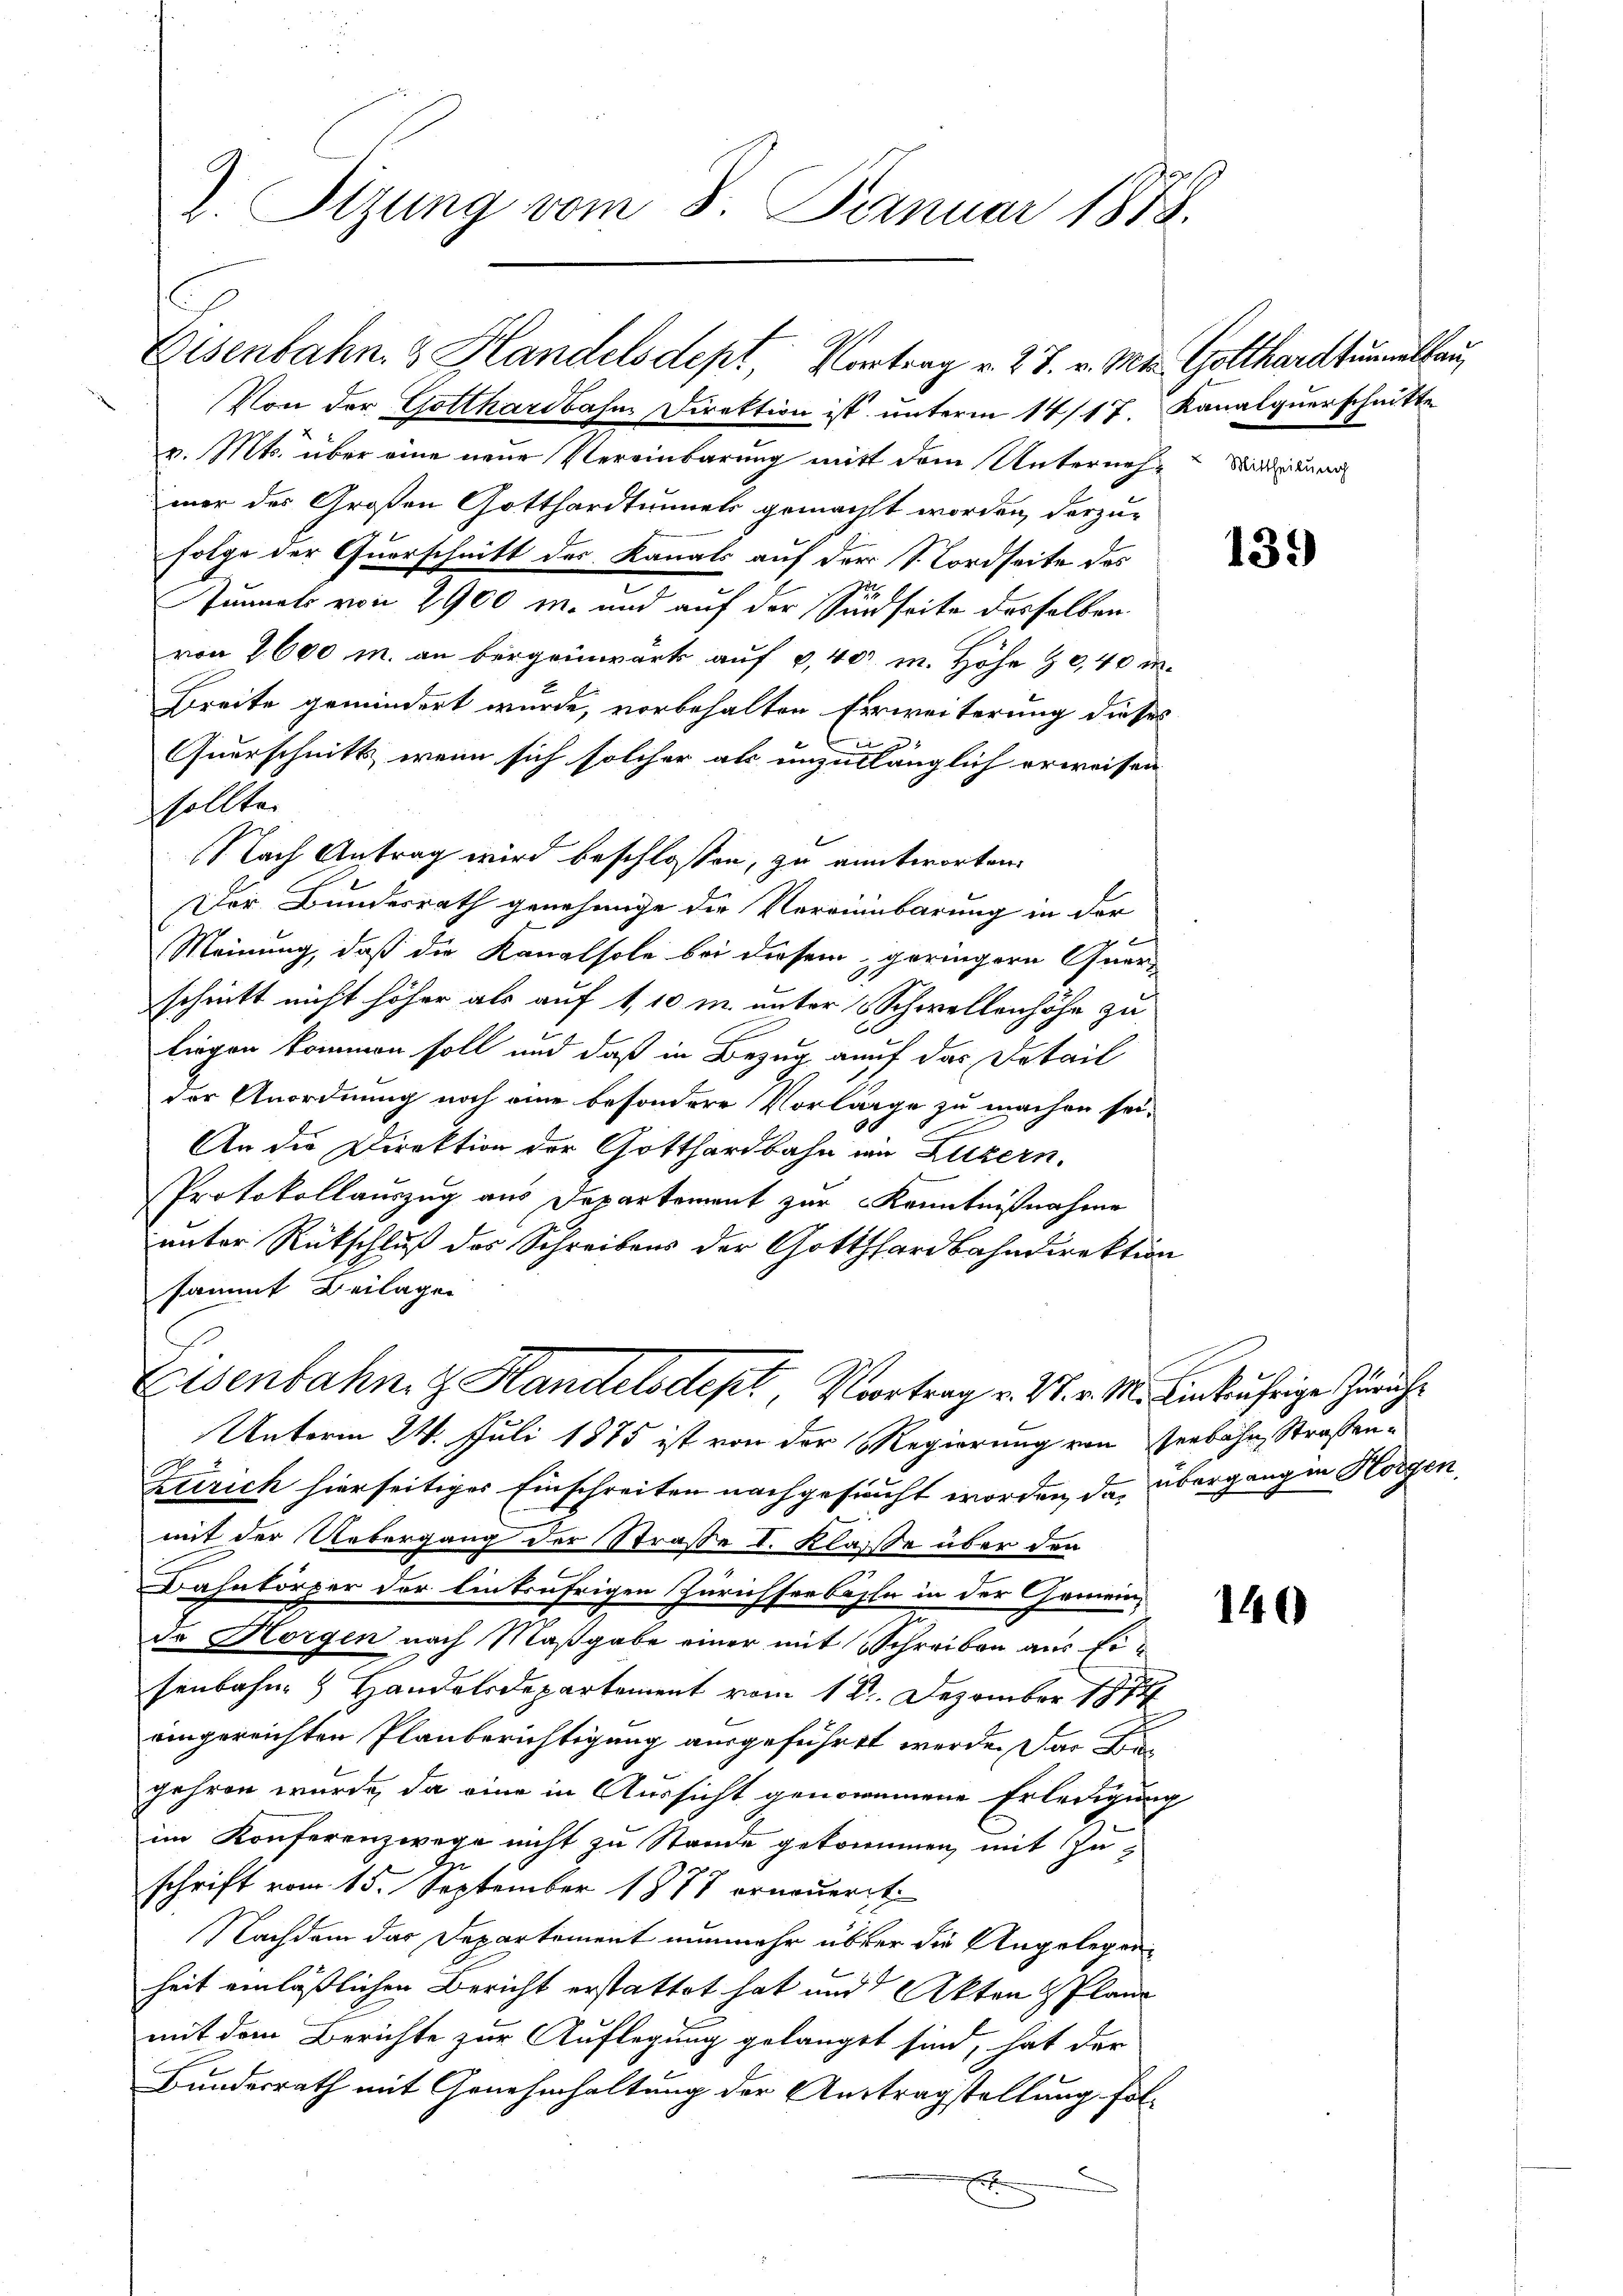
2. Sitzung vom 8. Januar 1878.

Eisenbahn. 3 Handelsdept, Vortrag v. 27. v. Mts. Gotthardtunnellau,

Von der Gotthardbahn Direktion ist unterm 14/17. Kanalquerschnitte
v. Mts. über eine neue Vereinbarung mitt dem Unterneh-Stadtreuer
mer des Großen Gotthardtunnels gemacht worden, darzu-
folge der Querschnitt des Kanals auf der Nordseite des
Junnels von 2900 m. und auf der Sindseite desselben.
von 2600 m. an Bergeinwart auf 4,400 m. Höhe & 0,40 i
Breite gemindert wurde, vorbehalten herweiterung dieses
bi
Querschnitt, wenn sich solcher als unzulänglich erweisen
sollten
Nach Antrag wird beschlossen, zu antworten.
Der Bundesrath genehmige die Verrinnbarung in der
Meinung, daß die Kanalsole bei diesem geringern Quarschnitt nicht höher als auf 1, 10 m. unter 3 Schwellenhöhe zu
liegen kommen soll und daß in Bezug auf das Detail
der Anordnung noch eine besondere Vorlage zu machen sei.
An die Direktion der Gotthardbahn ein Luzern.
Protokollauszug aus Departement zur Kenntnißnahme
unter Rückschluß des Schreibens der Gotthardbahndirektion
sammt Beilagen
Eisenbahn z. Handelsdept, Vortrag v. 27. v. M. linkufrige Zürich
Unterm 24. Juli 1875 ist von der Regierung von Verbahn, Straßen¬
Zerrich hierseitiges Einschreiten nachgesucht worden, das übergangen Horgen,
mit der Uebergang der Straße I. Klasse über den
Bahnkörper der Eintrährigen Zürichserbasle in der Gemein-
da Horgen nach Maßgabe einer mit Schreiben aus Eisenbahn & Handelsdepartement vom 18. Dezember 1891
eingereichten Planberichtigung ausgeführet werde. Das Begehren wurde, da eine in Aussicht genommene Erledigung
im Konferenzwege nicht zu Stande gekommen, mit Zuschrift vom 15. September 1878 erneuerit
Nachdem das Departement nunmehr über die Angelegen-
heit einläßlichen Bericht erstattet hat und Akten Plane
mit dem Berichte zur Auflegung gelanget sind, hat der
Bundesrath mit Genehmhaltung der Auftragstellung fol-
.
E

1

139)

140